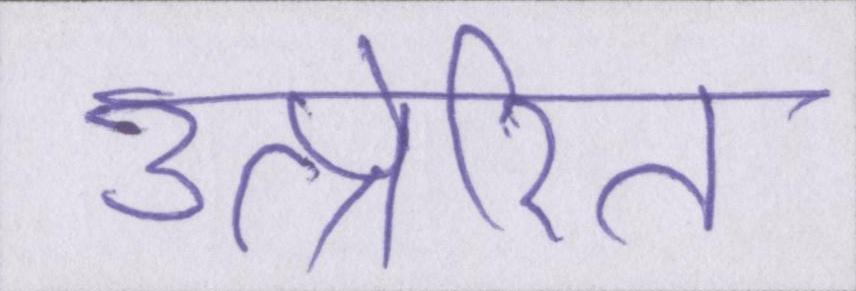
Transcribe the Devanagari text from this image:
उत्प्रेरित